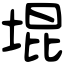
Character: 堒